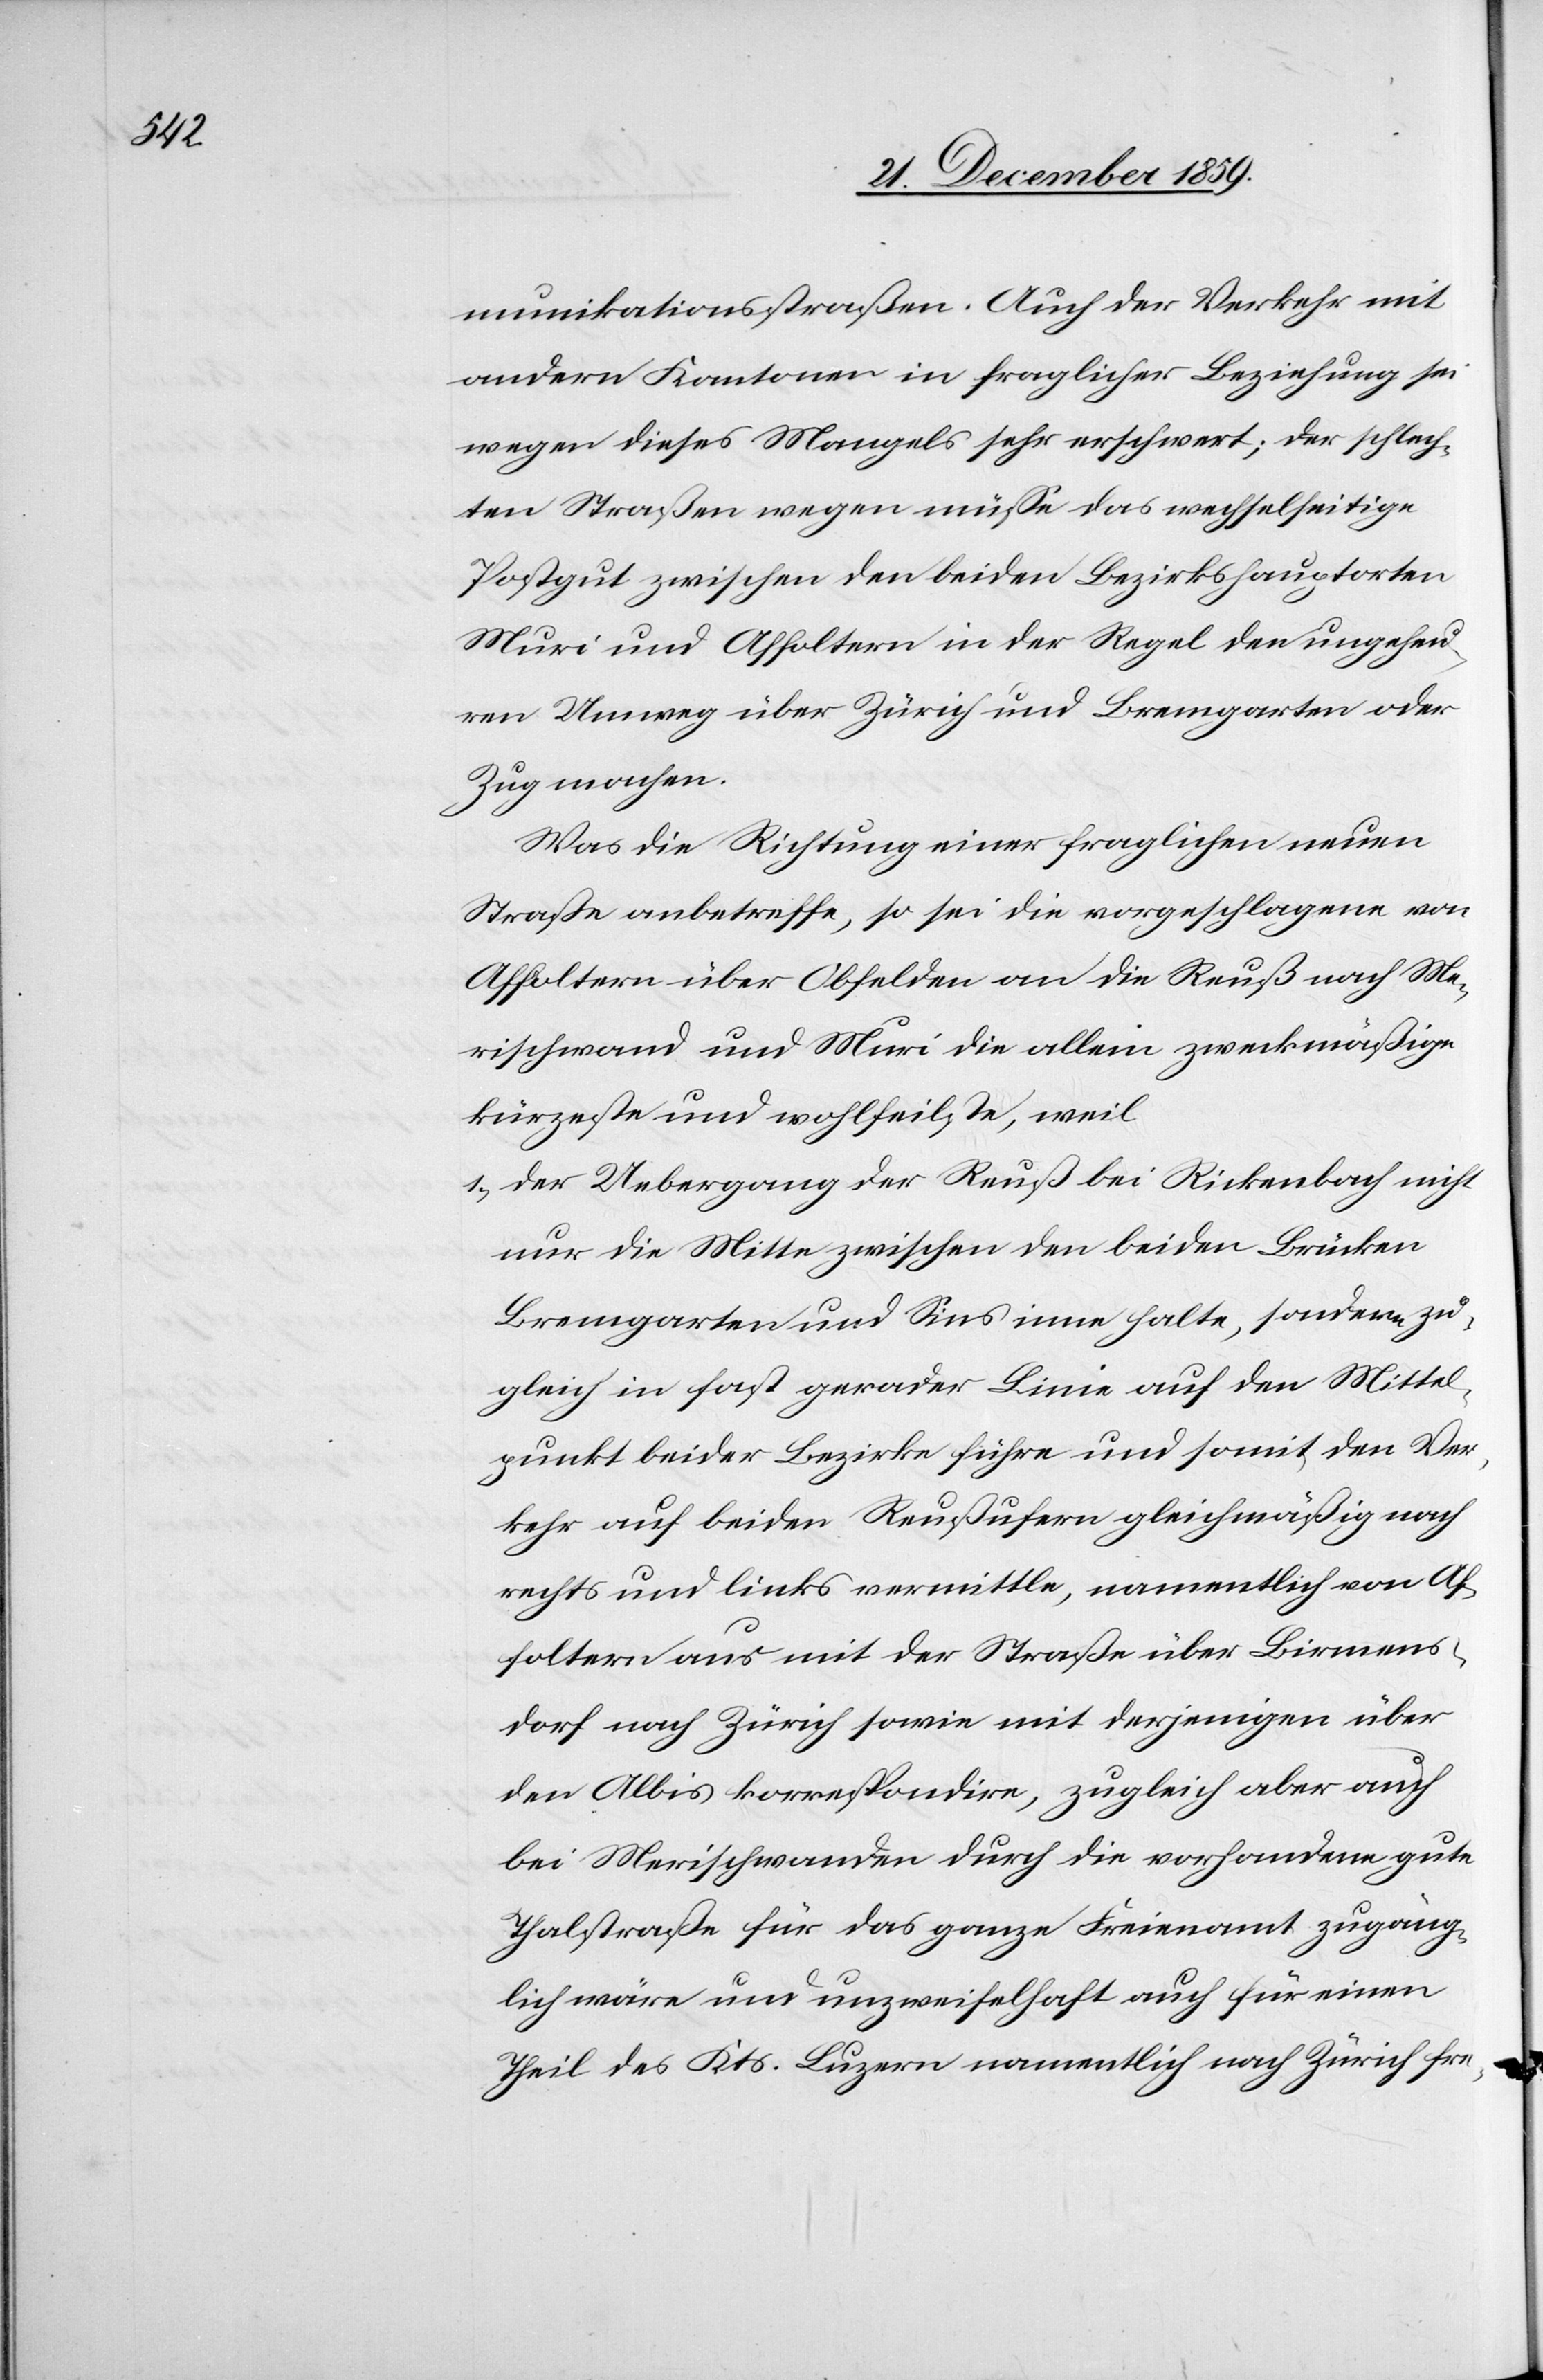
munikationsstraßen. Auch der Verkehr mit
andern Kantonen in fraglicher Beziehung sei
wegen dieses Mangels sehr erschwert; der schlech¬
ten Straßen wegen müsse das wechselseitige
Postgut zwischen den beiden Bezirkshauptorten
Muri und Affoltern in der Regel den ungeheu¬
ren Umweg über Zürich und Bremgarten oder
Zug machen.
Was die Richtung einer fraglichen neuen
Straße anbetreffe, so sei die vorgeschlagene von
Affoltern über Obfelden an die Reuß nach Me¬
rischwand und Muri die allein zweckmäßige
kürzeste und wohlfeilste, weil
1.) der Uebergang der Reuß bei Rickenbach nicht
nur die Mitte zwischen den beiden Brücken
Bremgarten und Sins inne halte, sondern zu¬
gleich in fast gerader Linie auf den Mittel¬
punkt beide Bezirke führe und somit den Ver¬
kehr auf beiden Reußufern gleichmäßig nach
rechts und links vermittle, namentlich von Af¬
foltern aus mit der Straße über Birmens¬
dorf nach Zürich sowie mit derjenigen über
den Albis korrespondire, zugleich aber auch
bei Merischwanden durch die vorhandene gute
Thalstraße für das ganze Freiamt zugäng¬
lich wäre und unzweifelhaft auch für einen
Theil des Kts. Luzern namentliche nach Zürich fre-